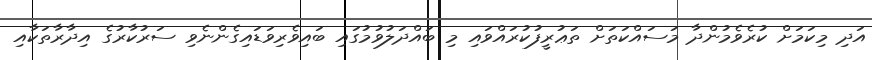
އަދި މިކަމަށް ކުރެވެމުންދާ މަސައްކަތަށް ތަޢުރީފުކުރައްވައި މި ބައްދަލުވުމުގައި ބައިވެރިވަޑައިގެންނެވި ސަރުކާރުގެ އިދާރާތަކާއި